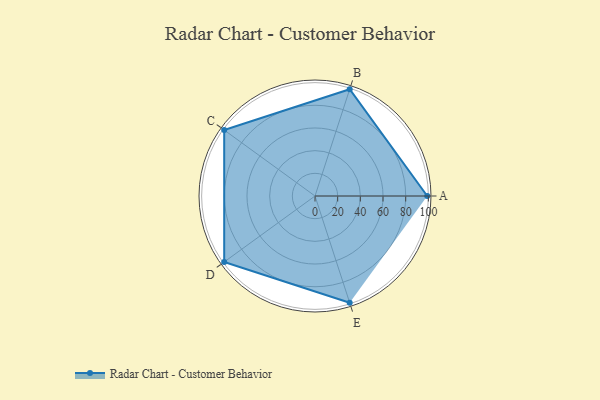
{"axis": {"x": "Skill", "y": "Score"}, "legend": ["Profile"], "data": [{"x": "A", "y": 99, "type": "Profile"}, {"x": "B", "y": 99, "type": "Profile"}, {"x": "C", "y": 99, "type": "Profile"}, {"x": "D", "y": 99, "type": "Profile"}, {"x": "E", "y": 99, "type": "Profile"}]}